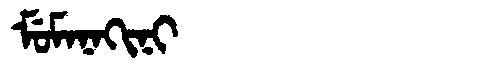
Manchu: ᠮᡠᠮᠠᠨᠠᡴᡳᠨᡳ
Romanization: MUMANAKINI